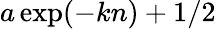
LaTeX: a\exp(-kn)+1/2